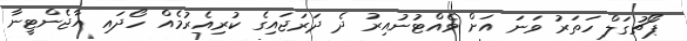
ޕޯޗުގަލް ހަތަރު ވަނަ އަށް ވެއްޓުނުއިރު ދެ ދަރަޖައިގެ ކުރިއެރުމެއް ހޯދައި އާޖެންޓީނާ